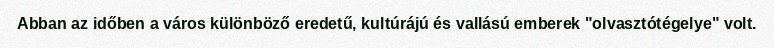
Abban az időben a város különböző eredetű, kultúrájú és vallású emberek "olvasztótégelye" volt.